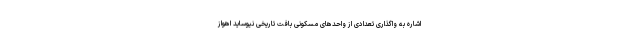
اشاره به واگذاری تعدادی از واحدهای مسکونی بافت تاریخی نیوساید اهواز